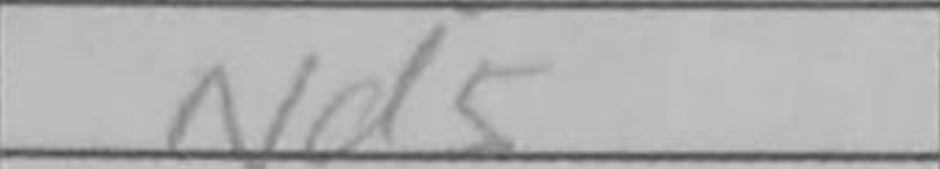
Transcription: Nd5